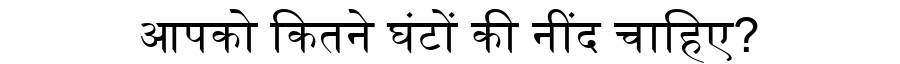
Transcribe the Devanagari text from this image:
आपको कितने घंटों की नींद चाहिए?